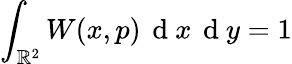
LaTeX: \int_{\mathbb{R}^{2}}W(x,p)\, \mathrm{~d~}x\, \mathrm{~d~}y=1